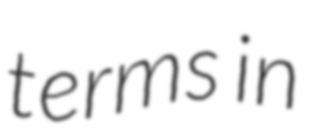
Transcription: terms in